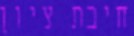
חיבת ציון